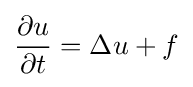
{\frac {\partial u}{\partial t}}=\Delta u+f